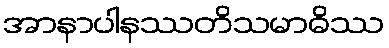
အာနာပါနဿတိသမာဓိဿ